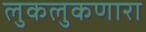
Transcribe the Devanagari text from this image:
लुकलुकणारा